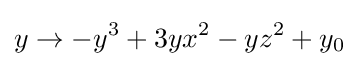
y\to -y^{3}+3yx^{2}-yz^{2}+y_{0}